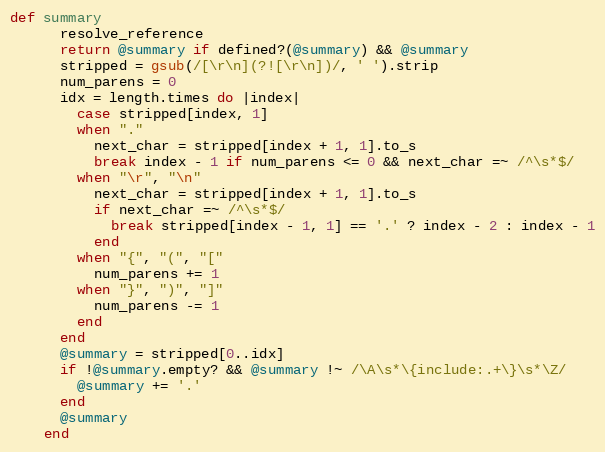
Language: Ruby
def summary
      resolve_reference
      return @summary if defined?(@summary) && @summary
      stripped = gsub(/[\r\n](?![\r\n])/, ' ').strip
      num_parens = 0
      idx = length.times do |index|
        case stripped[index, 1]
        when "."
          next_char = stripped[index + 1, 1].to_s
          break index - 1 if num_parens <= 0 && next_char =~ /^\s*$/
        when "\r", "\n"
          next_char = stripped[index + 1, 1].to_s
          if next_char =~ /^\s*$/
            break stripped[index - 1, 1] == '.' ? index - 2 : index - 1
          end
        when "{", "(", "["
          num_parens += 1
        when "}", ")", "]"
          num_parens -= 1
        end
      end
      @summary = stripped[0..idx]
      if !@summary.empty? && @summary !~ /\A\s*\{include:.+\}\s*\Z/
        @summary += '.'
      end
      @summary
    end